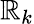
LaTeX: \mathbb{R}_{k}